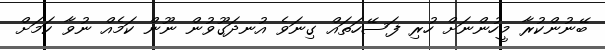
ބޭނުންކުރާ މީހުންނަށް ހުރި ފަސޭހަތައް ގިނަވެ އުނދަގޫވުން ނޫން ކަމެއް ނުވާ ކަމަށް